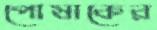
পোষাকের